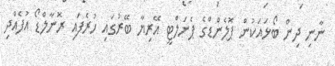
ނާނި ދިން ބޯޅައަކުން ޕޮލެންޑްގެ ޕެނަލްޓީ އޭރިޔާ ބޭރުގައި ހުރެފައި ރޮނާލްޑޯ އުފެއްދި